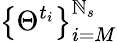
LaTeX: \left\{ \Theta^{t_{i}}\right\} _{i=M}^{\mathbb{N}_{s}}